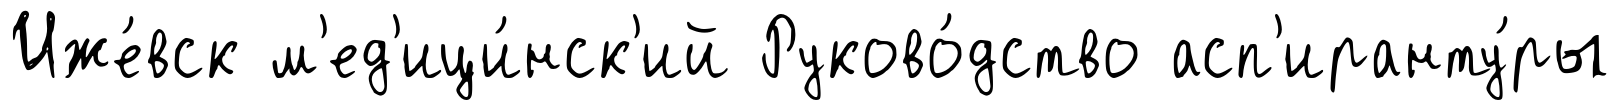
Иже́вск м'ед'ици́нск'ий Руково́дство асп'иранту́ры